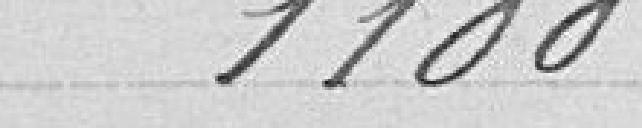
1100